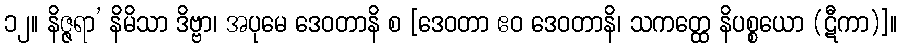
၁၂။ နိဇ္ဇရာ’ နိမိသာ ဒိဗ္ဗာ၊ အပုမေ ဒေဝတာနိ စ [ဒေဝတာ ဧဝ ဒေဝတာနိ၊ သကတ္ထေ နိပစ္စယော (ဋီကာ)]။